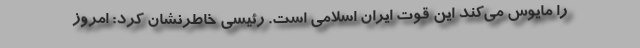
را مایوس می‌کند این قوت ایران اسلامی است. رئیسی خاطرنشان کرد: امروز